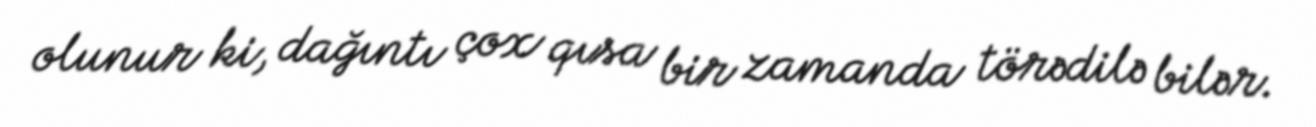
olunur ki, dağıntı çox qısa bir zamanda törədilə bilər.